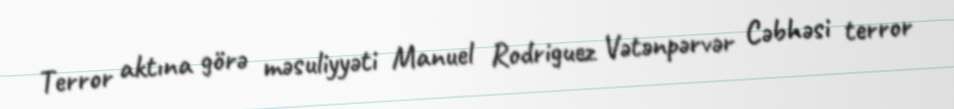
Terror aktına görə məsuliyyəti Manuel Rodriguez Vətənpərvər Cəbhəsi terror